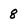
Character: 8